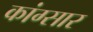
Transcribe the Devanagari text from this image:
कांग्सार